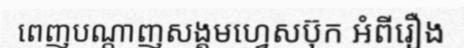
ពេញបណ្តាញសង្គមហ្វេសប៊ុក អំពីរឿង